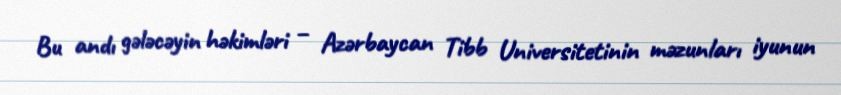
Bu andı gələcəyin həkimləri – Azərbaycan Tibb Universitetinin məzunları iyunun